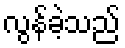
လွန်ခဲ့သည်